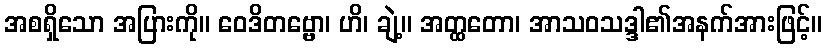
အစရှိသော အပြားကို။ ဝေဒိတဗ္ဗော၊ ဟိ၊ ချဲ့။ အတ္ထတော၊ အာသဝသဒ္ဒါ၏အနက်အားဖြင့်။